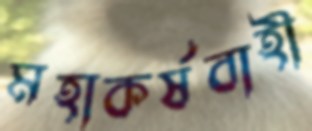
মহাকর্ষবাহী